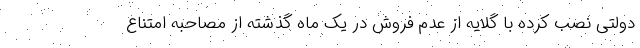
دولتی نصب کرده با گلایه از عدم فروش در یک ماه گذشته از مصاحبه امتناع